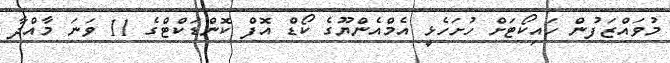
މުވައްޒަފުން ހައިކޯޓަށް ހުށަހެޅީ އެމްއެންޔޫގެ ކޯޑް އޮފް ކޮންޑަކްޓްގެ 11 ވަނަ މާއްދާ